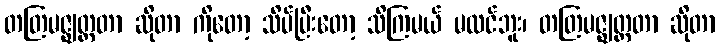
တတြမဇ္ဈတ္တတာ ဆိုတာ ကိုတော့ သိပ်ပြီးတော့ သိကြမယ် မထင်ဘူး၊ တတြမဇ္ဈတ္တတာ ဆိုတာ